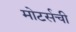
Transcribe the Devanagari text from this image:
मोटर्सची